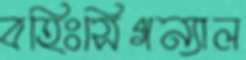
বহিঃসিগন্যাল